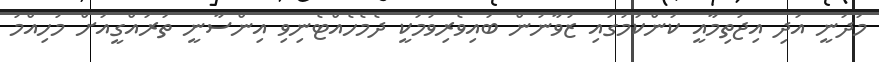
މަދަނީ އަދި އިޖުތިމާއީ ކަންކަމުގައި ޒުވާނުން ބައިވެރިވުމަކީ ދެމެހެއްޓެނިވި އިންސާނީ ތަރައްގީއަށް މުހިއްމު